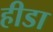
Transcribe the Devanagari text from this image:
हीडा